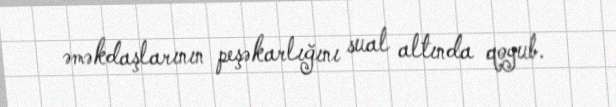
əməkdaşlarının peşəkarlığını sual altında qoyub.